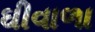
ઘીવાળા